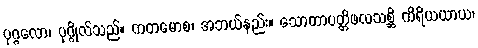
ပုဂ္ဂလော၊ ပုဂ္ဂိုလ်သည်။ ကတမောစ၊ အဘယ်နည်း။ သောတာပတ္တိဖလသစ္ဆိ ကိရိယယာယ၊